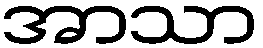
အာသာ